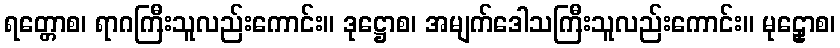
ရတ္တောစ၊ ရာဂကြီးသူလည်းကောင်း။ ဒုဋ္ဌောစ၊ အမျက်ဒေါသကြီးသူလည်းကောင်း။ မုဠှောစ၊